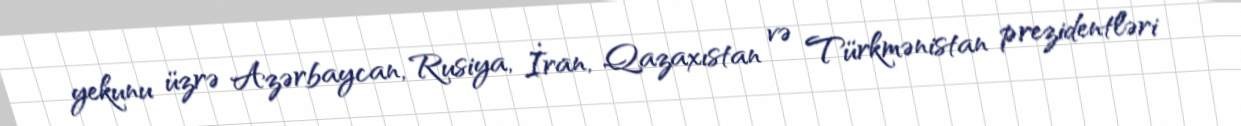
yekunu üzrə Azərbaycan, Rusiya, İran, Qazaxıstan və Türkmənistan prezidentləri